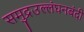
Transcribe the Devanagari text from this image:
समुद्रउल्लंघनबंदी